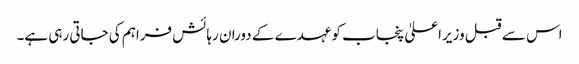
اس سے قبل وزیراعلیٰ پنجاب کو عہدے کے دوران رہائش فراہم کی جاتی رہی ہے۔